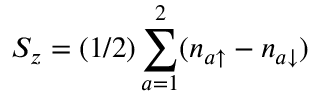
S _ { z } = ( 1 / 2 ) \sum _ { a = 1 } ^ { 2 } ( n _ { a \uparrow } - n _ { a \downarrow } )